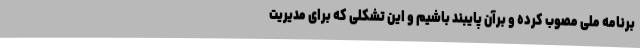
برنامه ملی مصوب کرده و برآن پایبند باشیم و این تشکلی که برای مدیریت